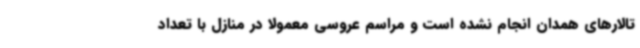
تالارهای همدان انجام نشده است و مراسم عروسی معمولاً در منازل با تعداد